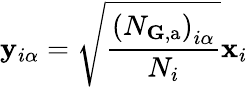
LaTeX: \mathbf{y}_{i\alpha}=\sqrt{\frac{\left(N_{\mathbf{G},\mathrm{a}}\right)_{i\alpha}}{N_{i}}}\mathbf{x}_{i}